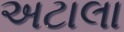
અટાલા